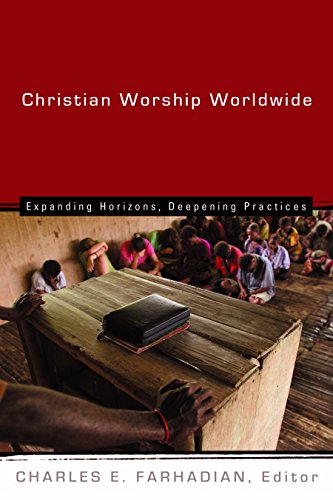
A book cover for Christian Worship Worldwide: Expanding Horizons, Deepening Practices (Calvin Institute of Christian Worship Liturgical Studies); Christian Books & Bibles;